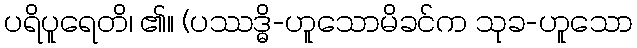
ပရိပူရေတိ၊ ၏။ (ပဿဒ္ဓိ-ဟူသောမိခင်က သုခ-ဟူသော